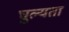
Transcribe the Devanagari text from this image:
घुल्यता